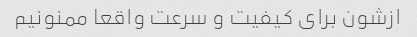
ازشون برای کیفیت و سرعت واقعا ممنونیم